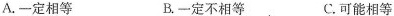
A.一定相等 B.一定不相等 C.可能相等